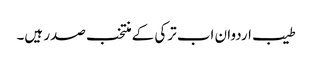
طیب اردوان اب ترکی کے منتخب صدر ہیں۔